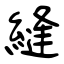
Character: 縫